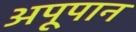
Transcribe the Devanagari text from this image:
अपूपान